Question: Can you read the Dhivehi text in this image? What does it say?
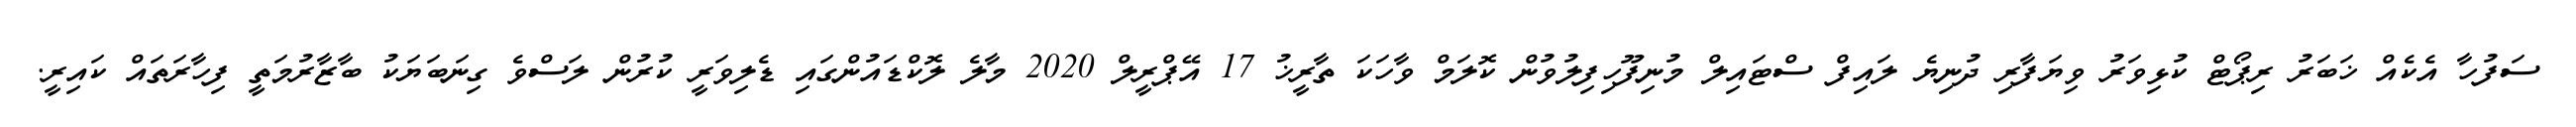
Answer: ސަފުހާ އެކެއް ޚަބަރު ރިޕޯޓް ކުޅިވަރު ވިޔަފާރި ދުނިޔެ ލައިފް ސްޓައިލް މުނިފޫހިފިލުވުން ކޮލަމް ވާހަކަ ތާރީޚު 17 އޭޕްރީލް 2020 މާލެ ލޮކްޑައުންގައި ޑެލިވަރީ ކުރުން ލަސްވެ ގިނަބަޔަކު ބާޒާރުމަތީ ފިހާރަތައް ކައިރީ.